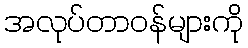
အလုပ်တာဝန်များကို